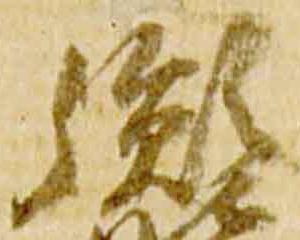
胤